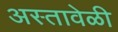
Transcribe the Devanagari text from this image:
अस्तावेळी